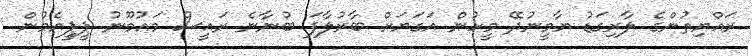
ރައްޔިތުންގެ ލާރިގަޑު ޔާމީނުދޭ މީހުން އަގަޔަށް ބާރުލާފަ ބުނާނެ ރައީސް މައުމޫނު ޕީޕީއެމުން